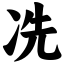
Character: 冼